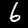
Digit: 6